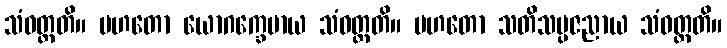
သံဝတ္တတိ။ မဟတော ယောဂက္ခေမာယ သံဝတ္တတိ။ မဟတော သတိသမ္ပဇညာယ သံဝတ္တတိ။